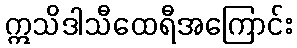
ဣသိဒါသီထေရီအကြောင်း